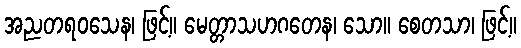
အညတရဝသေန၊ ဖြင့်။ မေတ္တာသဟဂတေန၊ သော။ စေတသာ၊ ဖြင့်။